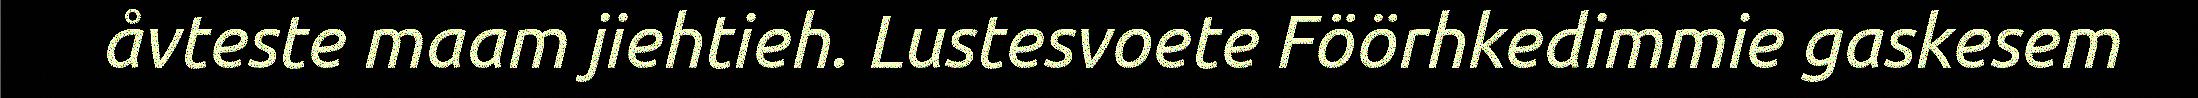
åvteste maam jiehtieh. Lustesvoete Föörhkedimmie gaskesem